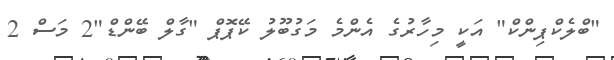
"ބްލެކްޕިންކް" އަކީ މިހާރުގެ އެންމެ މަގުބޫލު ކޭޕޮޕް "ގާލް ބޭންޑް"2 މަސް 2